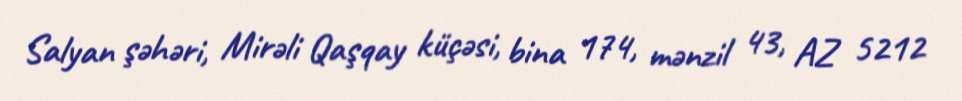
Salyan şəhəri, Mirəli Qaşqay küçəsi, bina 174, mənzil 43, AZ 5212